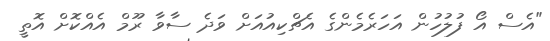
"އެސް އޯ ފުލުހުން އަހަރެމެންގެ އެޗްކިއުއަށް ވަދެ ސާވާ ރޫމް އެއްކޮށް އޮތީ